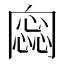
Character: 𠕫